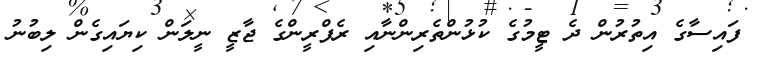
ފައިސާގެ އިތުރުން ދެ ޓީމުގެ ކުޅުންތެރިންނާއި ރެފްރީންގެ ޖާޒީ ނީލަން ކިޔައިގެން ލިބުނު